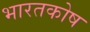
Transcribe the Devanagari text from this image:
भारतकोष